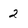
Character: 2